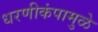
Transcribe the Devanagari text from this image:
धरणीकंपामुळे